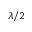
\lambda / 2